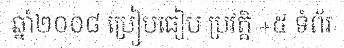
ឆ្នាំ២០០៨ ប្រៀបធៀប ប្រវត្តិ +៥ ទំព័រ